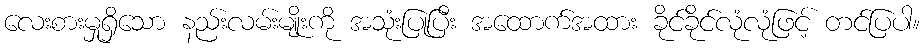
လေးစားမှုရှိသော နည်းလမ်းမျိုးကို အသုံးပြုပြီး အထောက်အထား ခိုင်ခိုင်လုံလုံဖြင့် တင်ပြပါ။